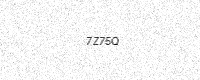
Text: 7Z75Q